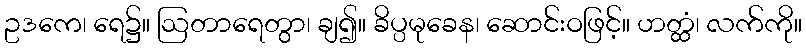
ဥဒကေ၊ ရေ၌။ ဩတာရေတွာ၊ ချ၍။ ခိပ္ပမုခေန၊ ဆောင်းဝဖြင့်။ ဟတ္ထံ၊ လက်ကို။